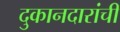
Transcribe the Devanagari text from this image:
दुकानदारांची